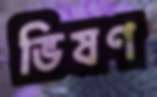
ভিষণ